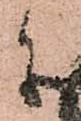
参